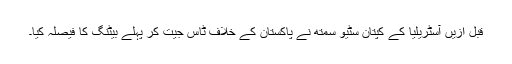
قبل ازیں آسٹریلیا کے کپتان سٹیو سمتھ نے پاکستان کے خلاف ٹاس جیت کر پہلے بیٹنگ کا فیصلہ کیا۔